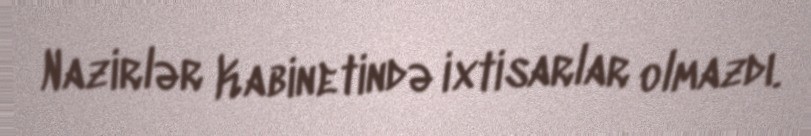
Nazirlər Kabinetində ixtisarlar olmazdı.